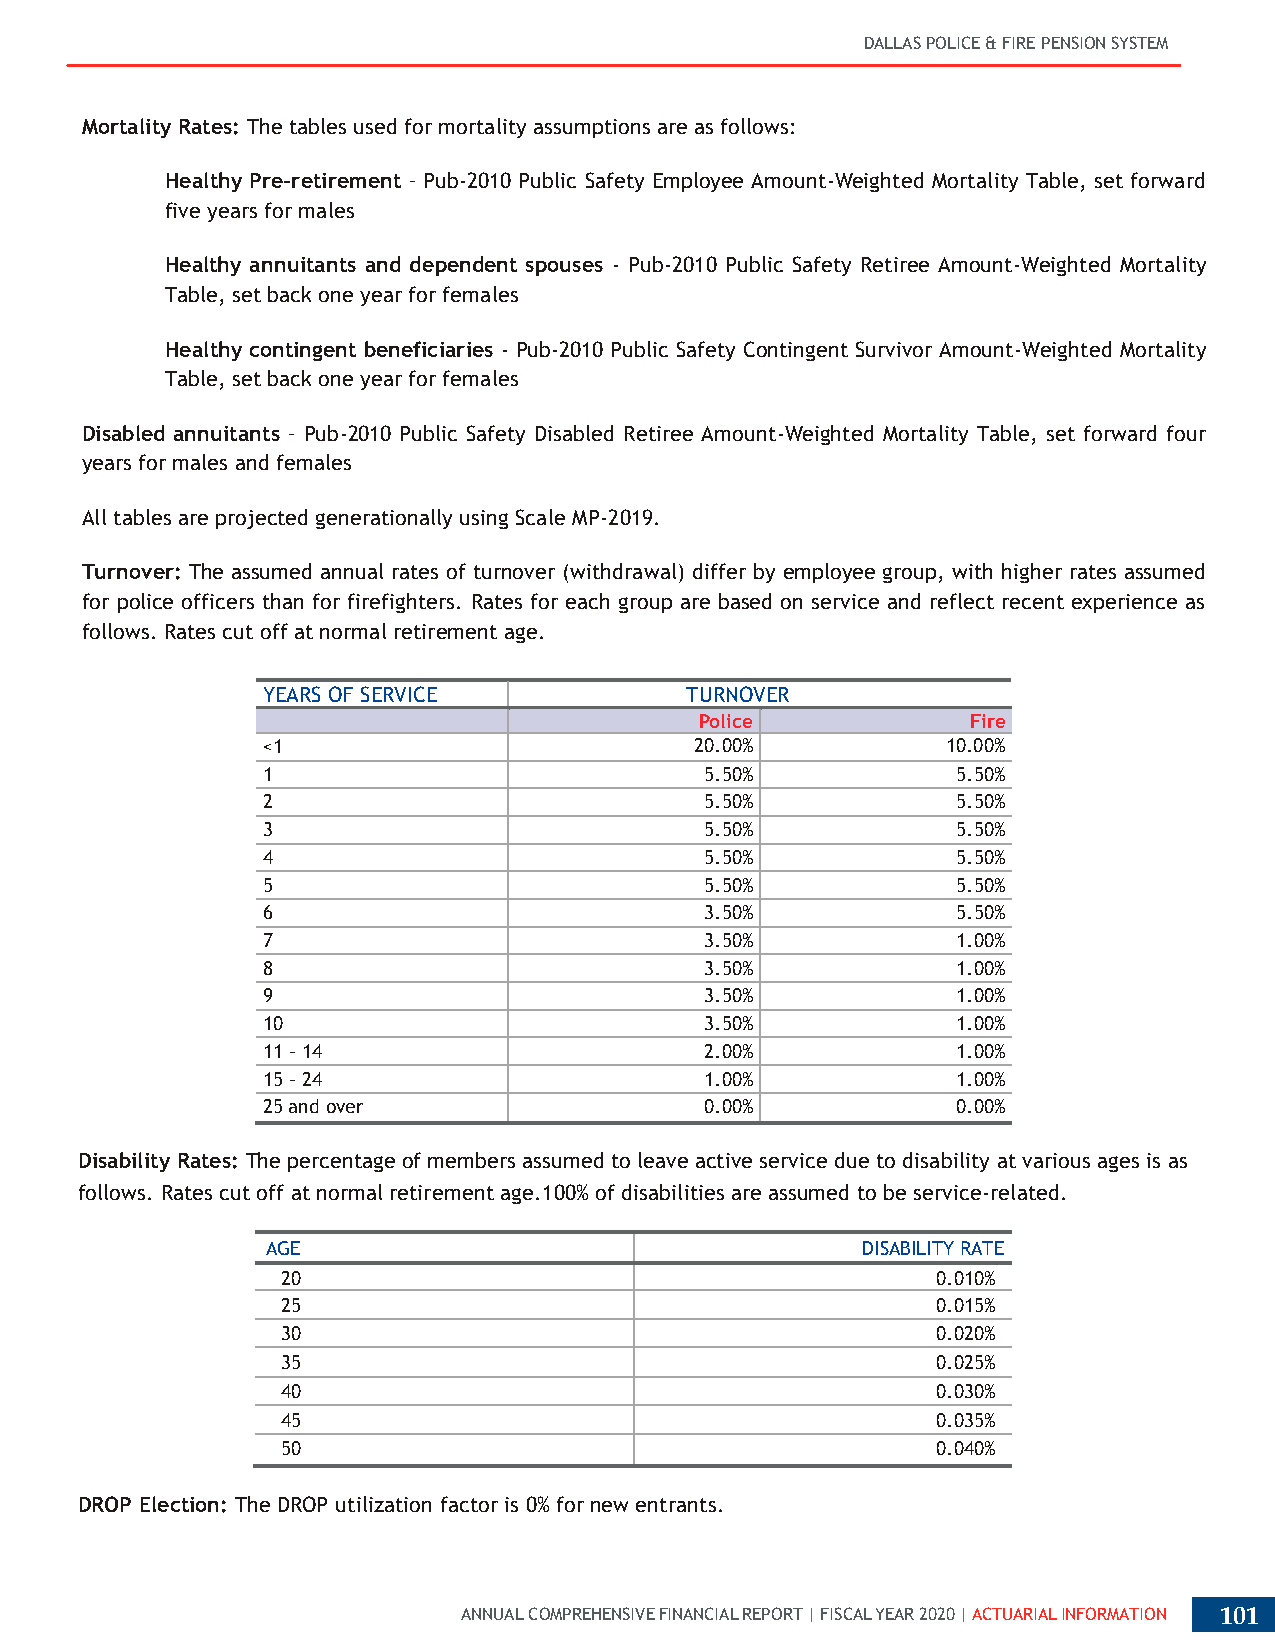
DALLAS POLICE & FIRE PENSION SYSTEM
 Mortality Rates: The tables used for mortality assumptions are as follows:
 Healthy Pre-retirement – Pub-2010 Public Safety Employee Amount-Weighted Mortality Table, set forward
 five years for males
 Healthy annuitants and dependent spouses - Pub-2010 Public Safety Retiree Amount-Weighted Mortality
 Table, set back one year for females
 Healthy contingent beneficiaries - Pub-2010 Public Safety Contingent Survivor Amount-Weighted Mortality
 Table, set back one year for females
 Disabled annuitants – Pub-2010 Public Safety Disabled Retiree Amount-Weighted Mortality Table, set forward four
 years for males and females
 All tables are projected generationally using Scale MP-2019.
 Turnover: The assumed annual rates of turnover (withdrawal) differ by employee group, with higher rates assumed
 for police officers than for firefighters. Rates for each group are based on service and reflect recent experience as
 follows. Rates cut off at normal retirement age.
 YEARS OF SERVICE            TURNOVER
 RAPoTlEic e        Fire
 <1                           20.00%           10.00%
 1                             5.50%           5.50%
 2                             5.50%           5.50%
 3                             5.50%           5.50%
 4                             5.50%           5.50%
 5                             5.50%           5.50%
 6                             3.50%           5.50%
 7                             3.50%           1.00%
 8                             3.50%           1.00%
 9                             3.50%           1.00%
 10                            3.50%           1.00%
 11 - 14                       2.00%           1.00%
 15 - 24                       1.00%           1.00%
 25 and over                   0.00%           0.00%
 Disability Rates: The percentage of members assumed to leave active service due to disability at various ages is as
 follows. Rates cut off at normal retirement age.100% of disabilities are assumed to be service-related.
 AGE                                    DISABILITY RATE
 20                                         0.010%
 25                                         0.015%
 30                                         0.020%
 35                                         0.025%
 40                                         0.030%
 45                                         0.035%
 50                                         0.040%
 DROP Election: The DROP utilization factor is 0% for new entrants.
 ANNUAL COMPREHENSIVE FINANCIAL REPORT | FISCAL YEAR 2020 | ACTUARIAL INFORMATION 101